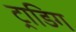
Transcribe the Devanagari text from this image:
ट्राडिग